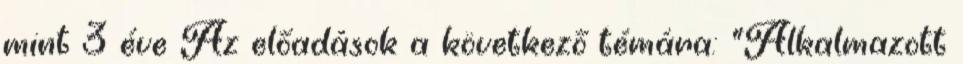
mint 3 éve Az előadások a következő témára: "Alkalmazott